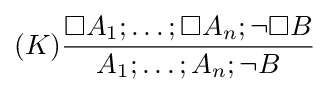
(K){\frac {\Box A_{1};\ldots ;\Box A_{n};\neg \Box B}{A_{1};\ldots ;A_{n};\neg B}}